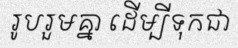
រូបរួមគ្នា ដើម្បីទុកជា